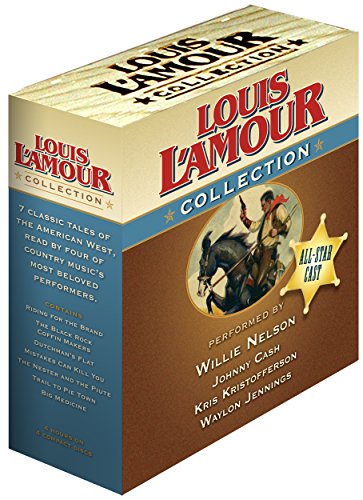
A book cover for Louis L'Amour Collection; Louis L'Amour; Literature & Fiction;